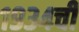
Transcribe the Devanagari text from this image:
१९३४ची